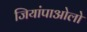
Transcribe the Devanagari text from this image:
जियांपाओलो